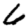
Digit: 6